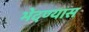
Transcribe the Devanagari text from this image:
भेदण्यास